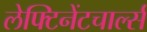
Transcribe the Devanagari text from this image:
लेफ्टिनेंटचार्ल्स